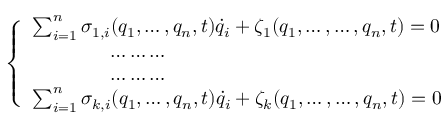
\left\{ \begin{array} { l } { \sum _ { i = 1 } ^ { n } \sigma _ { 1 , i } ( q _ { 1 } , \dots , q _ { n } , t ) { \dot { q } } _ { i } + \zeta _ { 1 } ( q _ { 1 } , \dots , \dots , q _ { n } , t ) = 0 } \\ { \qquad \qquad \dots \dots \dots } \\ { \qquad \qquad \dots \dots \dots } \\ { \sum _ { i = 1 } ^ { n } \sigma _ { k , i } ( q _ { 1 } , \dots , q _ { n } , t ) { \dot { q } } _ { i } + \zeta _ { k } ( q _ { 1 } , \dots , \dots , q _ { n } , t ) = 0 } \end{array} \right.